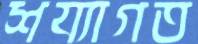
শয্যাগত